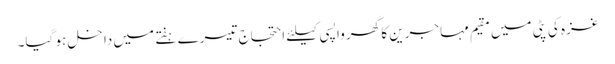
غزہ کی پٹی میں مقیم مہاجرین کا گھر واپسی کیلئے احتجاج تیسرے ہفتے میں داخل ہو گیا۔